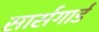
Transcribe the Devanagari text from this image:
सार्सगार्ड